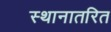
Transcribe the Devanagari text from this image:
स्थानातरित